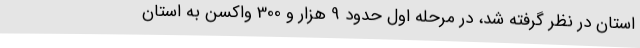
استان در نظر گرفته شد، در مرحله اول حدود 9 هزار و 300 واکسن به استان